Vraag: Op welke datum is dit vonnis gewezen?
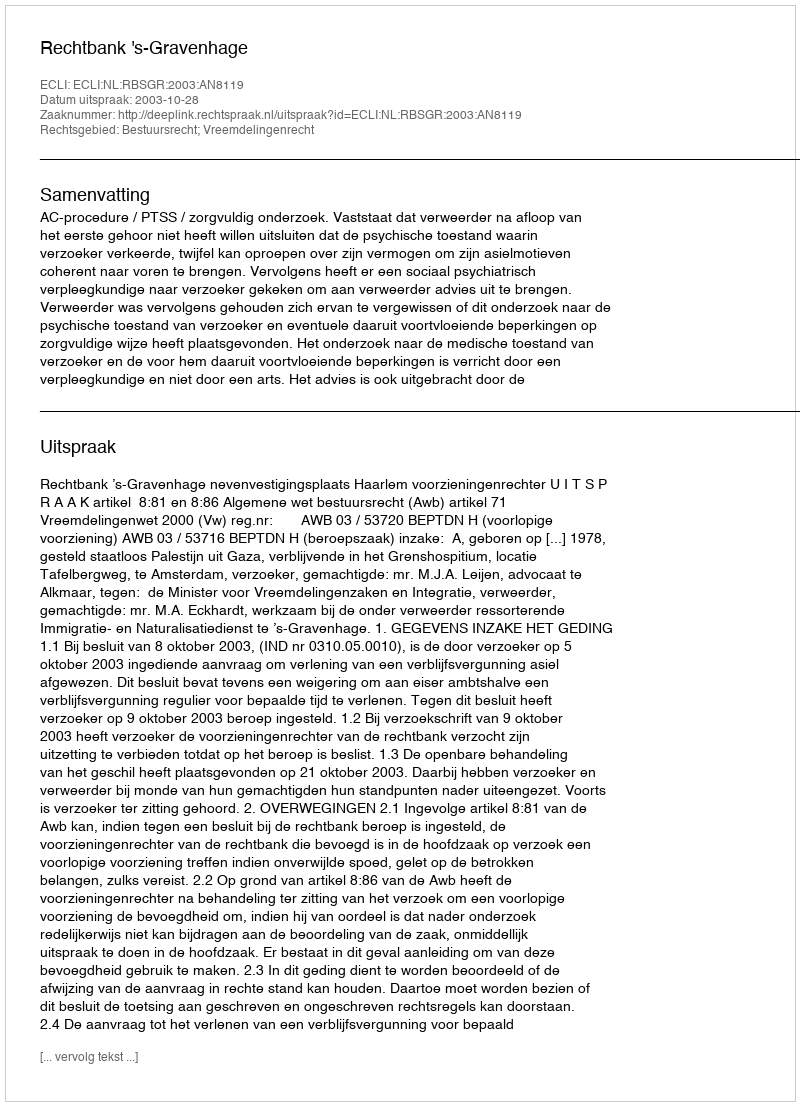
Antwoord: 2003-10-28